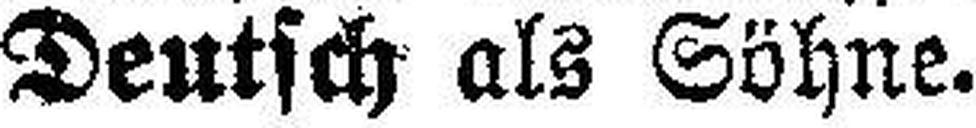
Deutsch als Söhne.